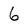
Character: 6